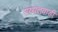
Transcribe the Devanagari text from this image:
रय्यतवाडी